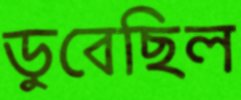
ডুবেছিল